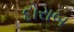
દોરાબ